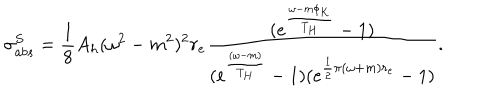
\sigma _ { a b s } ^ { S } = \frac { 1 } { 8 } A _ { h } ( \omega ^ { 2 } - m ^ { 2 } ) ^ { 2 } r _ { e } \frac { ( e ^ { \frac { \omega - m \phi _ { K } } { T _ { H } } } - 1 ) } { ( e ^ { \frac { ( \omega - m ) } { T _ { H } } } - 1 ) ( e ^ { \frac { 1 } { 2 } \pi ( \omega + m ) r _ { e } } - 1 ) } .